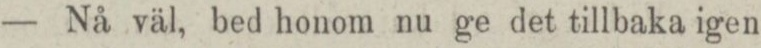
— Nå väl, bed honom nu ge det tillbaka igen.